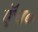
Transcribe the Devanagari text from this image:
एॅच०